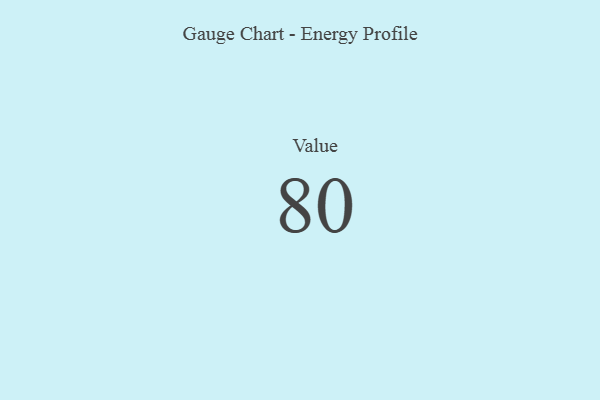
{"axis": {"x": "Metric", "y": "Value"}, "legend": [""], "data": [{"x": "Value", "y": 80, "type": ""}]}